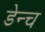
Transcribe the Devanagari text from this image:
डेन्च